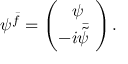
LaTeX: \psi ^ { \bar { f } } = \left( \begin{array} { c } { { \psi \! } } \\ { { \! \! \! - i \bar { \tilde { \psi } } \! } } \end{array} \right) .